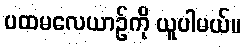
ပထမလေယာဉ်ကို ယူပါမယ်။